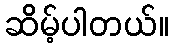
ဆိမ့်ပါတယ်။